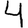
Digit: 4